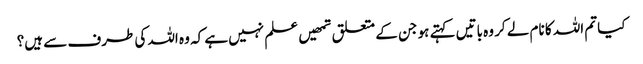
کیا تم اللہ کا نام لے کر وہ باتیں کہتے ہو جن کے متعلق تمھیں علم نہیں ہے کہ وہ اللہ کی طرف سے ہیں؟